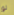
لو